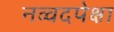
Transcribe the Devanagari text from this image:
नव्वदपेक्षा